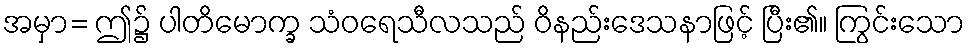
အမှာ= ဤ၌ ပါတိမောက္ခ သံဝရေသီလသည် ဝိနည်းဒေသနာဖြင့် ပြီး၏။ ကြွင်းသော